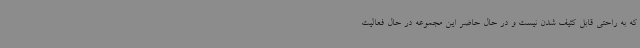
که به راحتی قابل کثیف شدن نیست و در حال حاضر این مجموعه در حال فعالیت